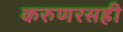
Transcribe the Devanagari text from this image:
करुणरसही